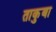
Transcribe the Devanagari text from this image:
ताकुबा